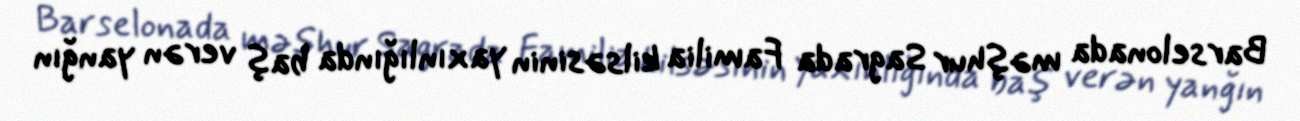
Barselonada məşhur Sagrada Familia kilsəsinin yaxınlığında baş verən yanğın